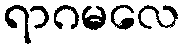
ရာဂမလေ